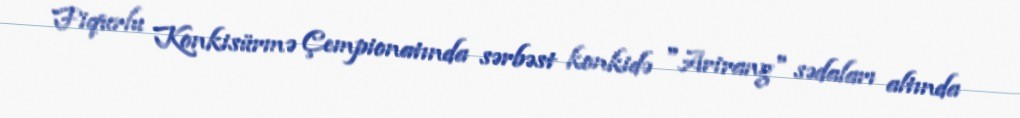
Fiqurlu Konkisürmə Çempionatında sərbəst konkidə "Arirang" sədaları altında